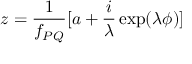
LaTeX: z = \frac { 1 } { f _ { P Q } } [ a + \frac { i } { \lambda } \exp ( \lambda \phi ) ]